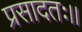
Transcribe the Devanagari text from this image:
प्रसादतः।।